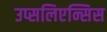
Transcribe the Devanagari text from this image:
उप्सलिएन्सिस